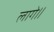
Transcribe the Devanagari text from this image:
लागे॥